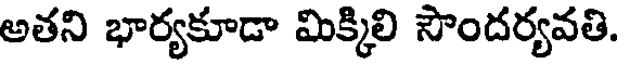
అతని భార్యకూడా మిక్కిలి సౌందర్యవతి.